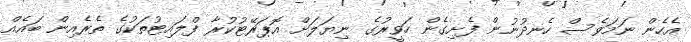
އެހެން ނަމަވެސް ހެނދުނުން ފެށިގެން ހަވީރުގެ ނިޔަލަށް އޮޕަރޭޓުކުރާ ފްލައިޓުތަކުގެ ތެރެއިން ބައެއް